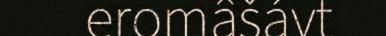
eromâšávt